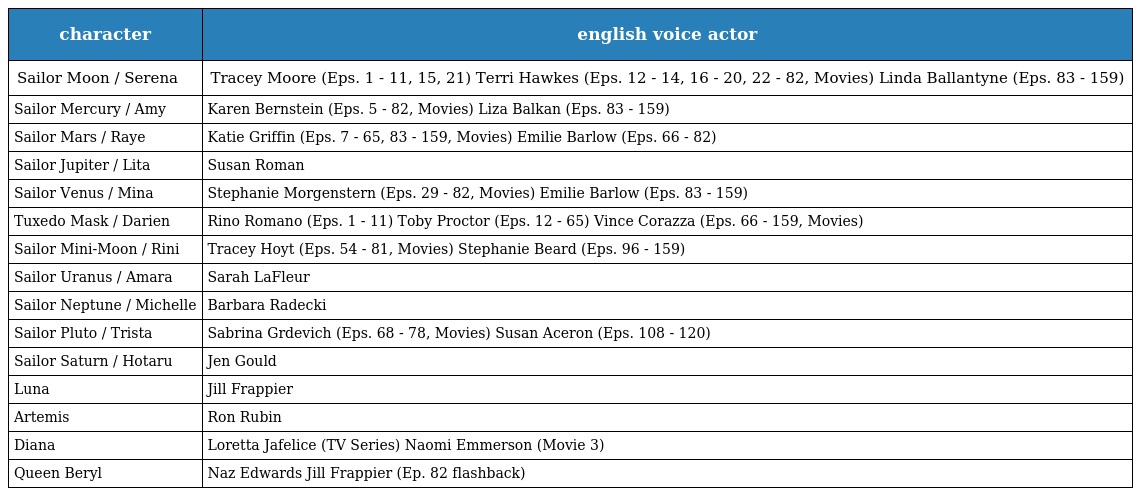
| character | english voice actor |
 | --- | --- |
 | Sailor Moon / Serena | Tracey Moore (Eps. 1 - 11, 15, 21) Terri Hawkes (Eps. 12 - 14, 16 - 20, 22 - 82, Movies) Linda Ballantyne (Eps. 83 - 159) |
 | Sailor Mercury / Amy | Karen Bernstein (Eps. 5 - 82, Movies) Liza Balkan (Eps. 83 - 159) |
 | Sailor Mars / Raye | Katie Griffin (Eps. 7 - 65, 83 - 159, Movies) Emilie Barlow (Eps. 66 - 82) |
 | Sailor Jupiter / Lita | Susan Roman |
 | Sailor Venus / Mina | Stephanie Morgenstern (Eps. 29 - 82, Movies) Emilie Barlow (Eps. 83 - 159) |
 | Tuxedo Mask / Darien | Rino Romano (Eps. 1 - 11) Toby Proctor (Eps. 12 - 65) Vince Corazza (Eps. 66 - 159, Movies) |
 | Sailor Mini-Moon / Rini | Tracey Hoyt (Eps. 54 - 81, Movies) Stephanie Beard (Eps. 96 - 159) |
 | Sailor Uranus / Amara | Sarah LaFleur |
 | Sailor Neptune / Michelle | Barbara Radecki |
 | Sailor Pluto / Trista | Sabrina Grdevich (Eps. 68 - 78, Movies) Susan Aceron (Eps. 108 - 120) |
 | Sailor Saturn / Hotaru | Jen Gould |
 | Luna | Jill Frappier |
 | Artemis | Ron Rubin |
 | Diana | Loretta Jafelice (TV Series) Naomi Emmerson (Movie 3) |
 | Queen Beryl | Naz Edwards Jill Frappier (Ep. 82 flashback) |